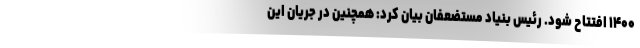
۱۴۰۰ افتتاح شود. رئیس بنیاد مستضعفان بیان کرد: همچنین در جریان این